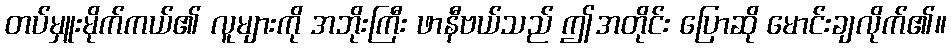
တပ်မှူးမိုက်ကယ်၏ လူများကို အဘိုးကြီး ဖာနီဗယ်သည် ဤအတိုင်း ပြောဆို မောင်းချလိုက်၏။